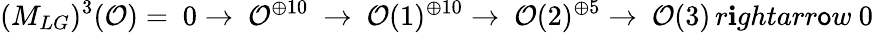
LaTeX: (M_{LG})^{3}({\cal{O}})=\ 0\rightarrow\ {\cal{O}}^{\oplus10}\ \rightarrow\ {\cal{O}}(1)^{\oplus10}\rightarrow\ {\cal{O}}(2)^{\oplus5}\rightarrow\ {\cal{O}}(3)\, r\mathbf{i}ghtarr\mathsf{o}w\ 0